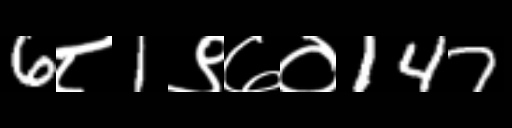
Text: 6८1९७०147